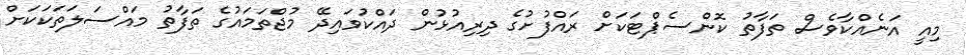
މިއީ އަނެއްކާވެސް ތަފާތު ކޮންސެޕްޓަކަށް ރައްފުށުގެ ދިރިއުޅުން ދައްކުވައިދޭ މުޖްތަމައުގެ ތަފާތު މައްސަލަތަކަކަށް